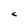
Character: c